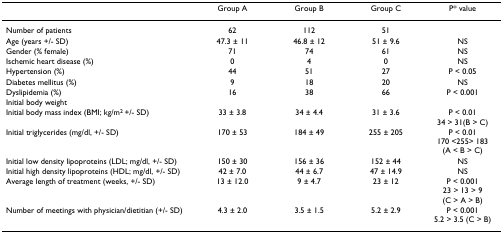
|  | Group A | Group B | Group C | P* value |
 | --- | --- | --- | --- | --- |
 | Number of patients | 62 | 112 | 51 |  |
 | Age (years +/- SD) | 47.3 ± 11 | 46.8 ± 12 | 51 ± 9.6 | NS |
 | Gender (% female) | 71 | 74 | 61 | NS |
 | Ischemic heart disease (%) | 0 | 4 | 0 | NS |
 | Hypertension (%) | 44 | 51 | 27 | P < 0.05 |
 | Diabetes mellitus (%) | 9 | 18 | 20 | NS |
 | Dyslipidemia (%) | 16 | 38 | 66 | P < 0.001 |
 | Initial body weight |  |  |  |  |
 | Initial body mass index (BMI; kg/m2 +/- SD) | 33 ± 3.8 | 34 ± 4.4 | 31 ± 3.6 | P < 0.0134 > 31(B > C) |
 | Initial triglycerides (mg/dl, +/- SD) | 170 ± 53 | 184 ± 49 | 255 ± 205 | P < 0.01170 <255> 183(A < B > C) |
 | Initial low density lipoproteins (LDL; mg/dl, +/- SD) | 150 ± 30 | 156 ± 36 | 152 ± 44 | NS |
 | Initial high density lipoproteins (HDL; mg/dl, +/- SD) | 42 ± 7.0 | 44 ± 6.7 | 47 ± 14.9 | NS |
 | Average length of treatment (weeks, +/- SD) | 13 ± 12.0 | 9 ± 4.7 | 23 ± 12 | P < 0.00123 > 13 > 9(C > A > B) |
 | Number of meetings with physician/dietitian (+/- SD) | 4.3 ± 2.0 | 3.5 ± 1.5 | 5.2 ± 2.9 | P < 0.0015.2 > 3.5 (C > B) |